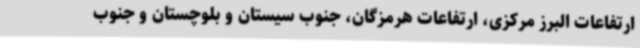
ارتفاعات البرز مرکزی، ارتفاعات هرمزگان، جنوب سیستان و بلوچستان و جنوب